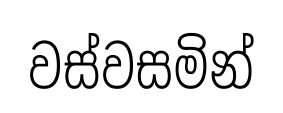
වස්වසමින්